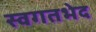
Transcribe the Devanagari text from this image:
स्वगतभेद